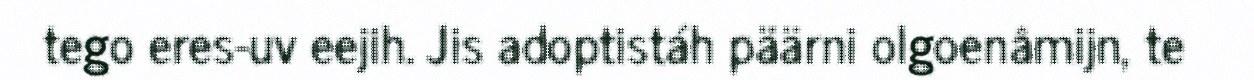
tego eres-uv eejih. Jis adoptistáh päärni olgoenâmijn, te